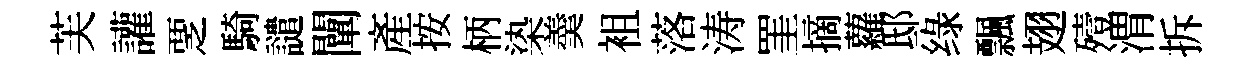
芙讙覂騎譴闡産按柄𣑱羮袓落涛罣摘蘿邸绿飄翅殪渭拆